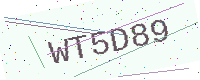
Text: WT5D89